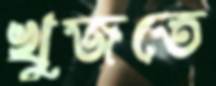
খুজতে